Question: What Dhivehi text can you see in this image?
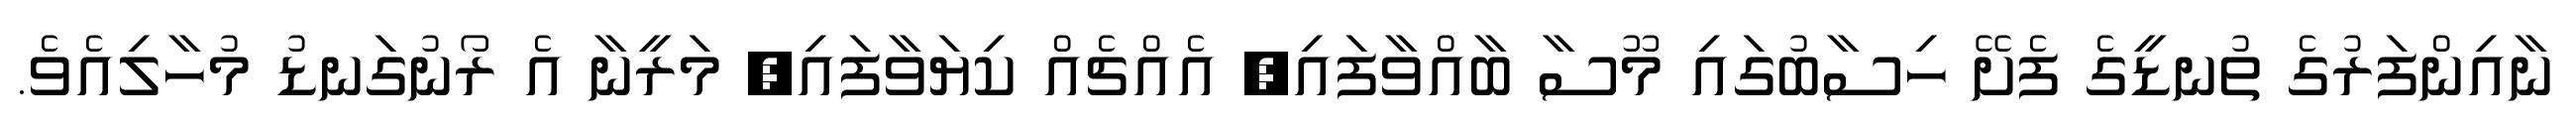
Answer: ނާއިންފަރުގެ ތުނޑީގެ ފެށޭ ހިސާބުގައި މޫސާ ބާއްވާފައި, އެއްޗެއް ކިޔަވާފައި, މަރީނާ އެ ރޯނުގަނޑު މުހާލިއެވެ.